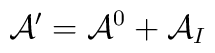
{\cal A}' = {\cal A}^0 + {\cal A}_I